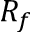
R _ { f }